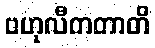
ဗဟုလီကတာတိ